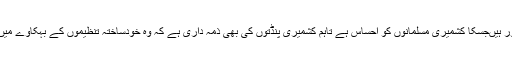
میر واعظ نے کہا کہ کشمیری پنڈت گزشتہ تین دہائیوں سے اپنے گھروں سے دور ہیںجسکا کشمیری مسلمانوں کو احساس ہے تاہم کشمیری پنڈتوں کی بھی ذمہ داری ہے کہ وہ خودساختہ تنظیموں کے بہکاوے میں آئے بغیر یہاں کے اکثریتی طبقے پر بھروسہ کرکے اپنے گھروں کو لوٹ آئیں۔